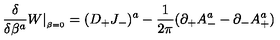
{ \frac { \delta } { \delta \beta ^ { a } } } W \vert _ { _ { \beta = 0 } } = ( D _ { + } J _ { - } ) ^ { a } - { \frac { 1 } { 2 \pi } } ( \partial _ { + } A _ { - } ^ { a } - \partial _ { - } A _ { + } ^ { a } )